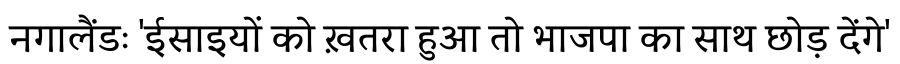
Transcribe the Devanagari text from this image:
नगालैंडः 'ईसाइयों को ख़तरा हुआ तो भाजपा का साथ छोड़ देंगे'